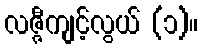
လဇ္ဇီကျင့်လွယ် (၁)။